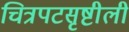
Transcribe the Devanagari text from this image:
चित्रपटसृष्टीली